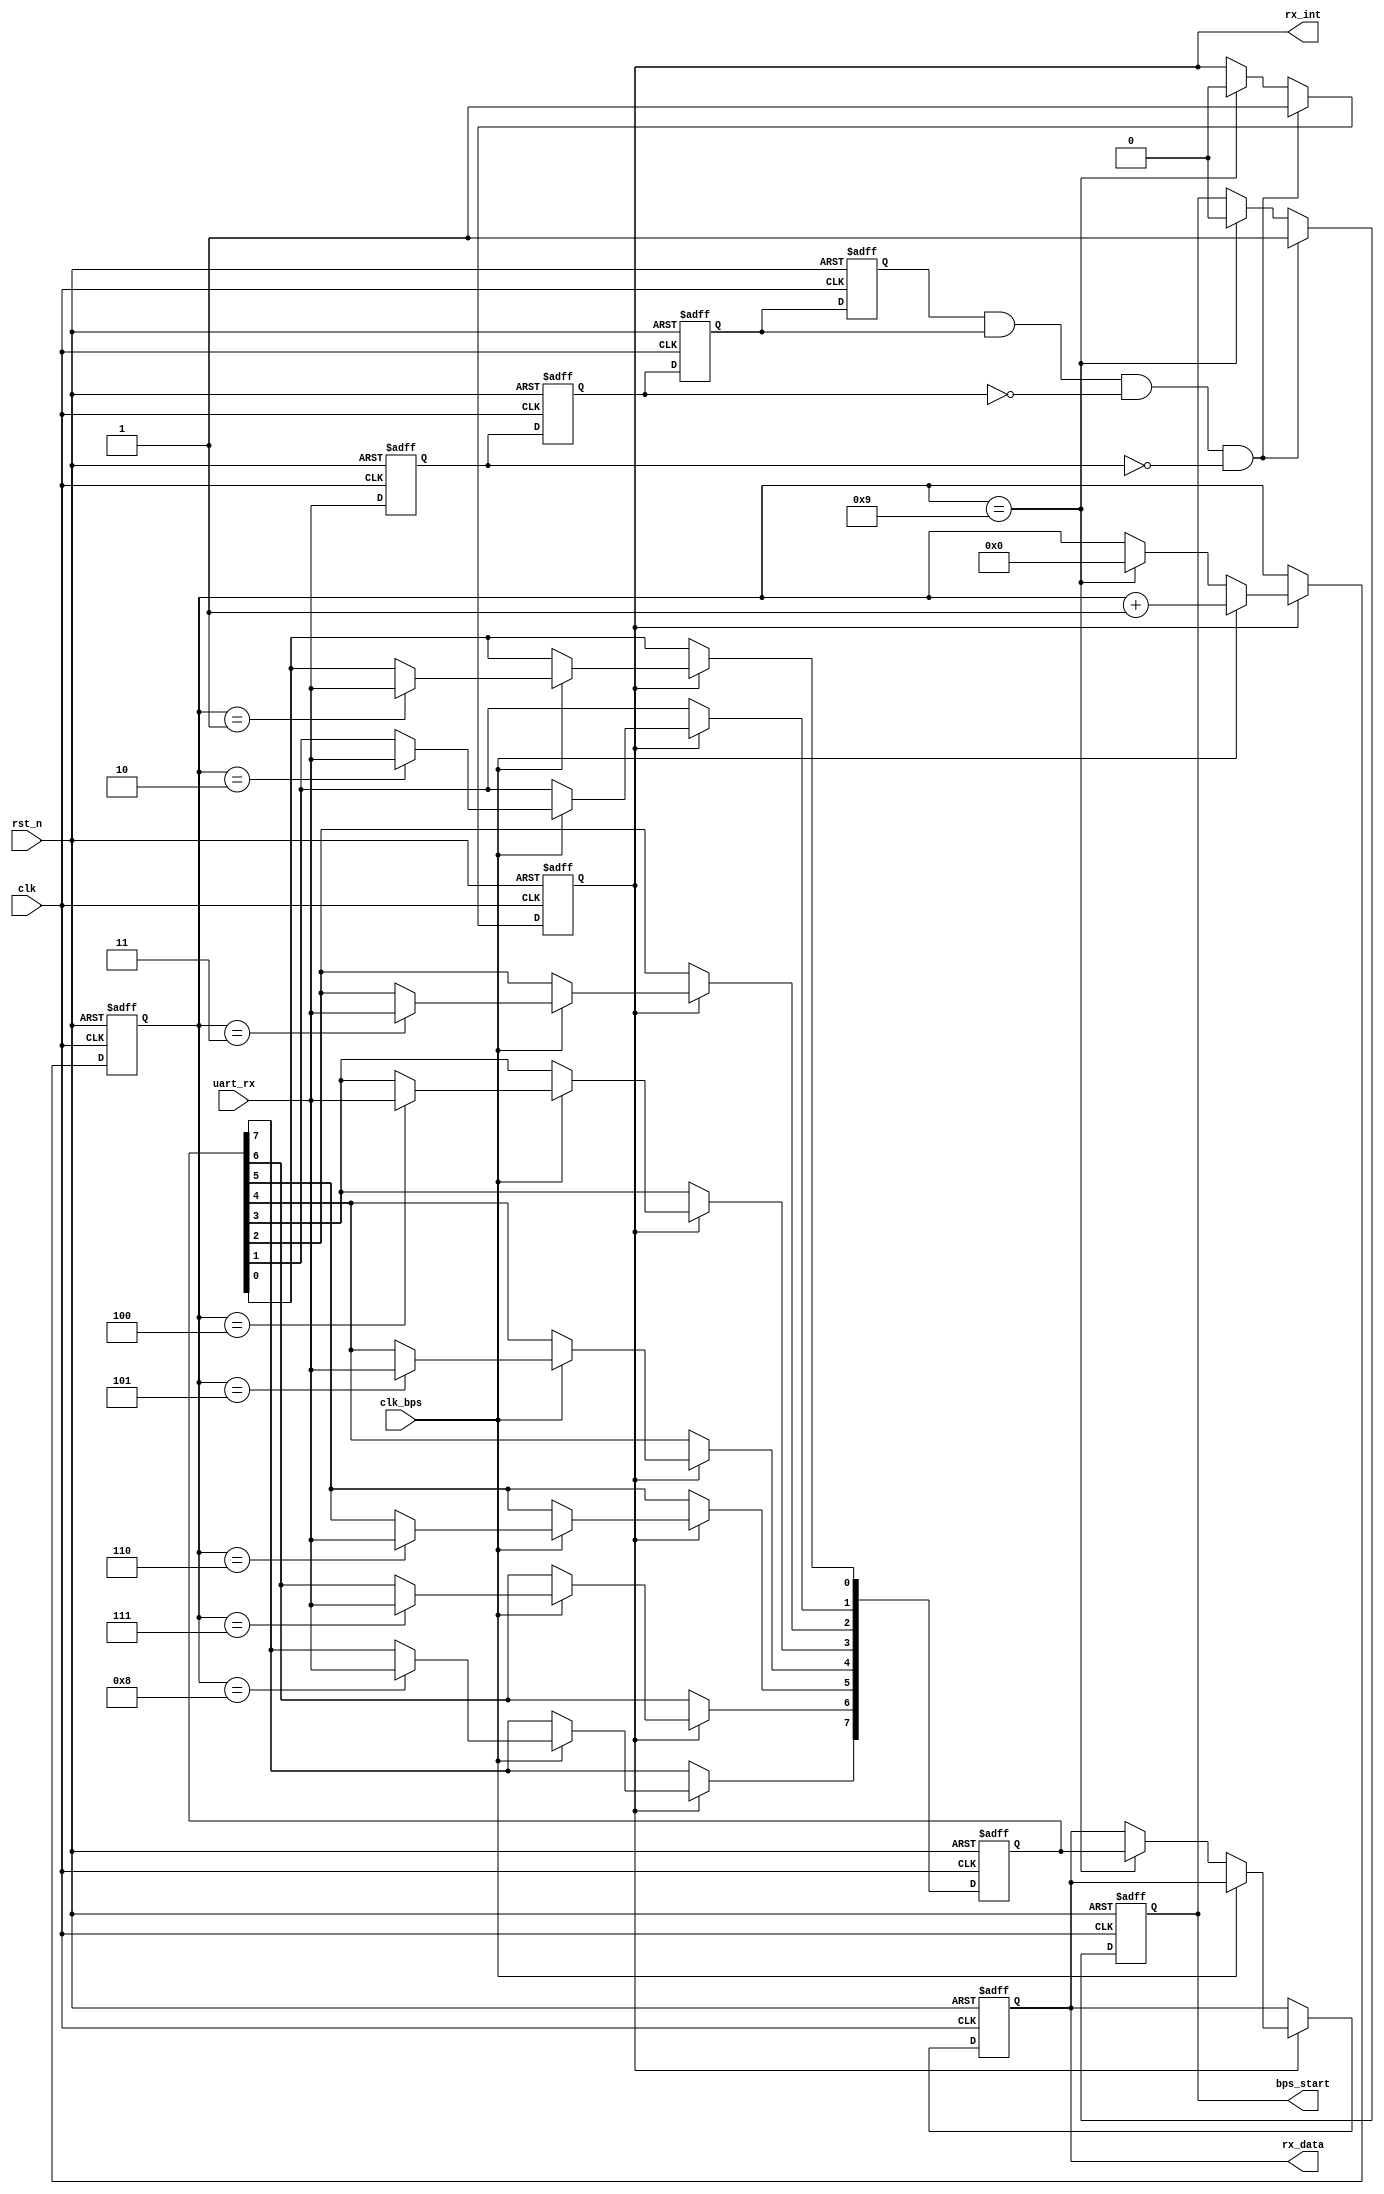
module my_uart_rx
(
	input			clk,		//25MHzʱ
	input			rst_n,		//͵ƽλź
	input			uart_rx,	//ź
	output	[7:0]	rx_data,	//ݼĴֱһ
	output			rx_int,		//жź,յڼʼΪߵƽ
	input			clk_bps,	//clk_bpsĸߵƽΪջ߷λм
	output			bps_start	//յݺ󣬲ʱźλ
);

//----------------------------------------------------------------
reg		uart_rx0,uart_rx1,uart_rx2,uart_rx3;	//ݼĴ˲
wire	neg_uart_rx;							

always @ (posedge clk or negedge rst_n)
begin 
	if(!rst_n) 
    begin
		uart_rx0 <= 1'b0;
		uart_rx1 <= 1'b0;
		uart_rx2 <= 1'b0;
		uart_rx3 <= 1'b0;
	end
	else 
    begin
		uart_rx0 <= uart_rx;
		uart_rx1 <= uart_rx0;
		uart_rx2 <= uart_rx1;
		uart_rx3 <= uart_rx2;
	end
end

assign neg_uart_rx = uart_rx3 & uart_rx2 & ~uart_rx1 & ~uart_rx0;	//յ½غneg_uart_rxøһʱ

//----------------------------------------------------------------
reg 		bps_start_r;
reg	[3:0] 	num;	
reg 		rx_int;		//жź,յڼʼΪߵƽ

always @ (posedge clk or negedge rst_n)
begin
	if(!rst_n)  
    begin
		bps_start_r <= 1'bz;
		rx_int 		<= 1'b0;
	end
	else if(neg_uart_rx) 
    begin	                    //յڽuart_rx½ر־ź  
		bps_start_r <= 1'b1;	//׼ݽ   
		rx_int 		<= 1'b1;	//жźʹ
	end
	else if(num == 4'd9) 
    begin	                    //Ϣ
		bps_start_r <= 1'b0;	//ݽϣͷŲź
		rx_int 		<= 1'b0;	//жźŹر
	end
end    

assign bps_start = bps_start_r;

//----------------------------------------------------------------
reg	[7:0]	rx_data_r;		//ڽݼĴ
reg	[7:0]	rx_temp_data;	//ǰݼĴ

always @ (posedge clk or negedge rst_n)
begin
	if(!rst_n) 
    begin
		rx_temp_data 	<= 8'd0;
		num 			<= 4'd0;
		rx_data_r 		<= 8'd0;
	end
	else if(rx_int) 
    begin	                //ݴ
		if(clk_bps) 
        begin	            //ȡ	
			num <= num+1'b1;
			case (num)
				4'd1: rx_temp_data[0] <= uart_rx;	//0bit
				4'd2: rx_temp_data[1] <= uart_rx;	//1bit
				4'd3: rx_temp_data[2] <= uart_rx;	//2bit
				4'd4: rx_temp_data[3] <= uart_rx;	//3bit
				4'd5: rx_temp_data[4] <= uart_rx;	//4bit
				4'd6: rx_temp_data[5] <= uart_rx;	//5bit
				4'd7: rx_temp_data[6] <= uart_rx;	//6bit
				4'd8: rx_temp_data[7] <= uart_rx;	//7bit
				default: ;
			endcase
		end
		else if(num == 4'd9) 
        begin		
			num			<= 4'd0;			//յSTOPλ,num
			rx_data_r	<= rx_temp_data;	//浽ݼĴrx_data
		end
	end
end

assign rx_data = rx_data_r;	

endmodule